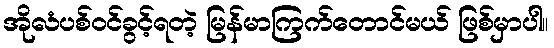
အိုလံပစ်ဝင်ခွင့်ရတဲ့ မြန်မာကြက်တောင်မယ် ဖြစ်မှာပါ။